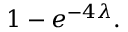
1 - e ^ { - 4 \lambda } .